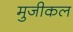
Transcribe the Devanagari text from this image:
मुजीकल